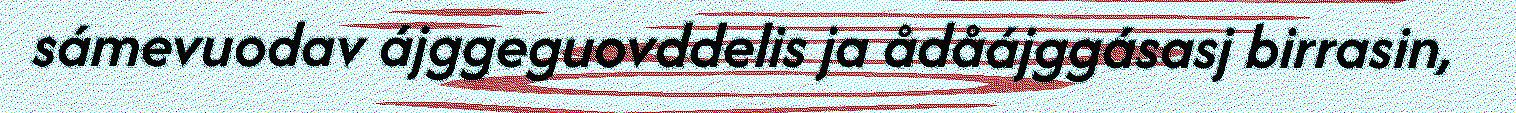
sámevuodav ájggeguovddelis ja ådåájggásasj birrasin,